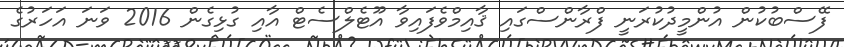
ފޭސްބުކުން އުންމީދުކުރަނީ ފްރާންސްގައި ޤާއިމްވެފައިވާ އޫޓެލްސެޓް އާއި ގުޅިގެން 2016 ވަނަ އަހަރުގެ